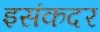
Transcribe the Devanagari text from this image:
इसंकदर